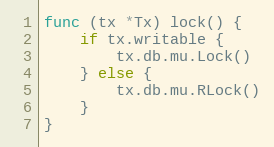
Language: Go
func (tx *Tx) lock() {
	if tx.writable {
		tx.db.mu.Lock()
	} else {
		tx.db.mu.RLock()
	}
}